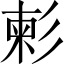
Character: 𢒞